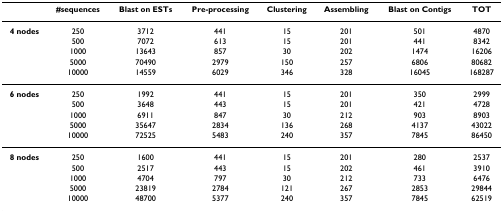
|  | #sequences | Blast on ESTs | Pre-processing | Clustering | Assembling | Blast on Contigs | TOT |
 | --- | --- | --- | --- | --- | --- | --- | --- |
 | 4 nodes | 250 | 3712 | 441 | 15 | 201 | 501 | 4870 |
 |  | 500 | 7072 | 613 | 15 | 201 | 441 | 8342 |
 |  | 1000 | 13643 | 857 | 30 | 202 | 1474 | 16206 |
 |  | 5000 | 70490 | 2979 | 150 | 257 | 6806 | 80682 |
 |  | 10000 | 14559 | 6029 | 346 | 328 | 16045 | 168287 |
 | 6 nodes | 250 | 1992 | 441 | 15 | 201 | 350 | 2999 |
 |  | 500 | 3648 | 443 | 15 | 201 | 421 | 4728 |
 |  | 1000 | 6911 | 847 | 30 | 212 | 903 | 8903 |
 |  | 5000 | 35647 | 2834 | 136 | 268 | 4137 | 43022 |
 |  | 10000 | 72525 | 5483 | 240 | 357 | 7845 | 86450 |
 | 8 nodes | 250 | 1600 | 441 | 15 | 201 | 280 | 2537 |
 |  | 500 | 2517 | 443 | 15 | 202 | 461 | 3910 |
 |  | 1000 | 4704 | 797 | 30 | 212 | 733 | 6476 |
 |  | 5000 | 23819 | 2784 | 121 | 267 | 2853 | 29844 |
 |  | 10000 | 48700 | 5377 | 240 | 357 | 7845 | 62519 |